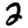
Digit: 2